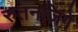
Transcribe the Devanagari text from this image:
रुतनज़िगे